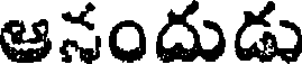
ఆనందుడు